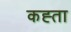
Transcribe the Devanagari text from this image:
कह्ता